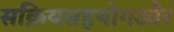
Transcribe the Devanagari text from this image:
सक्रियसहयोगऔर